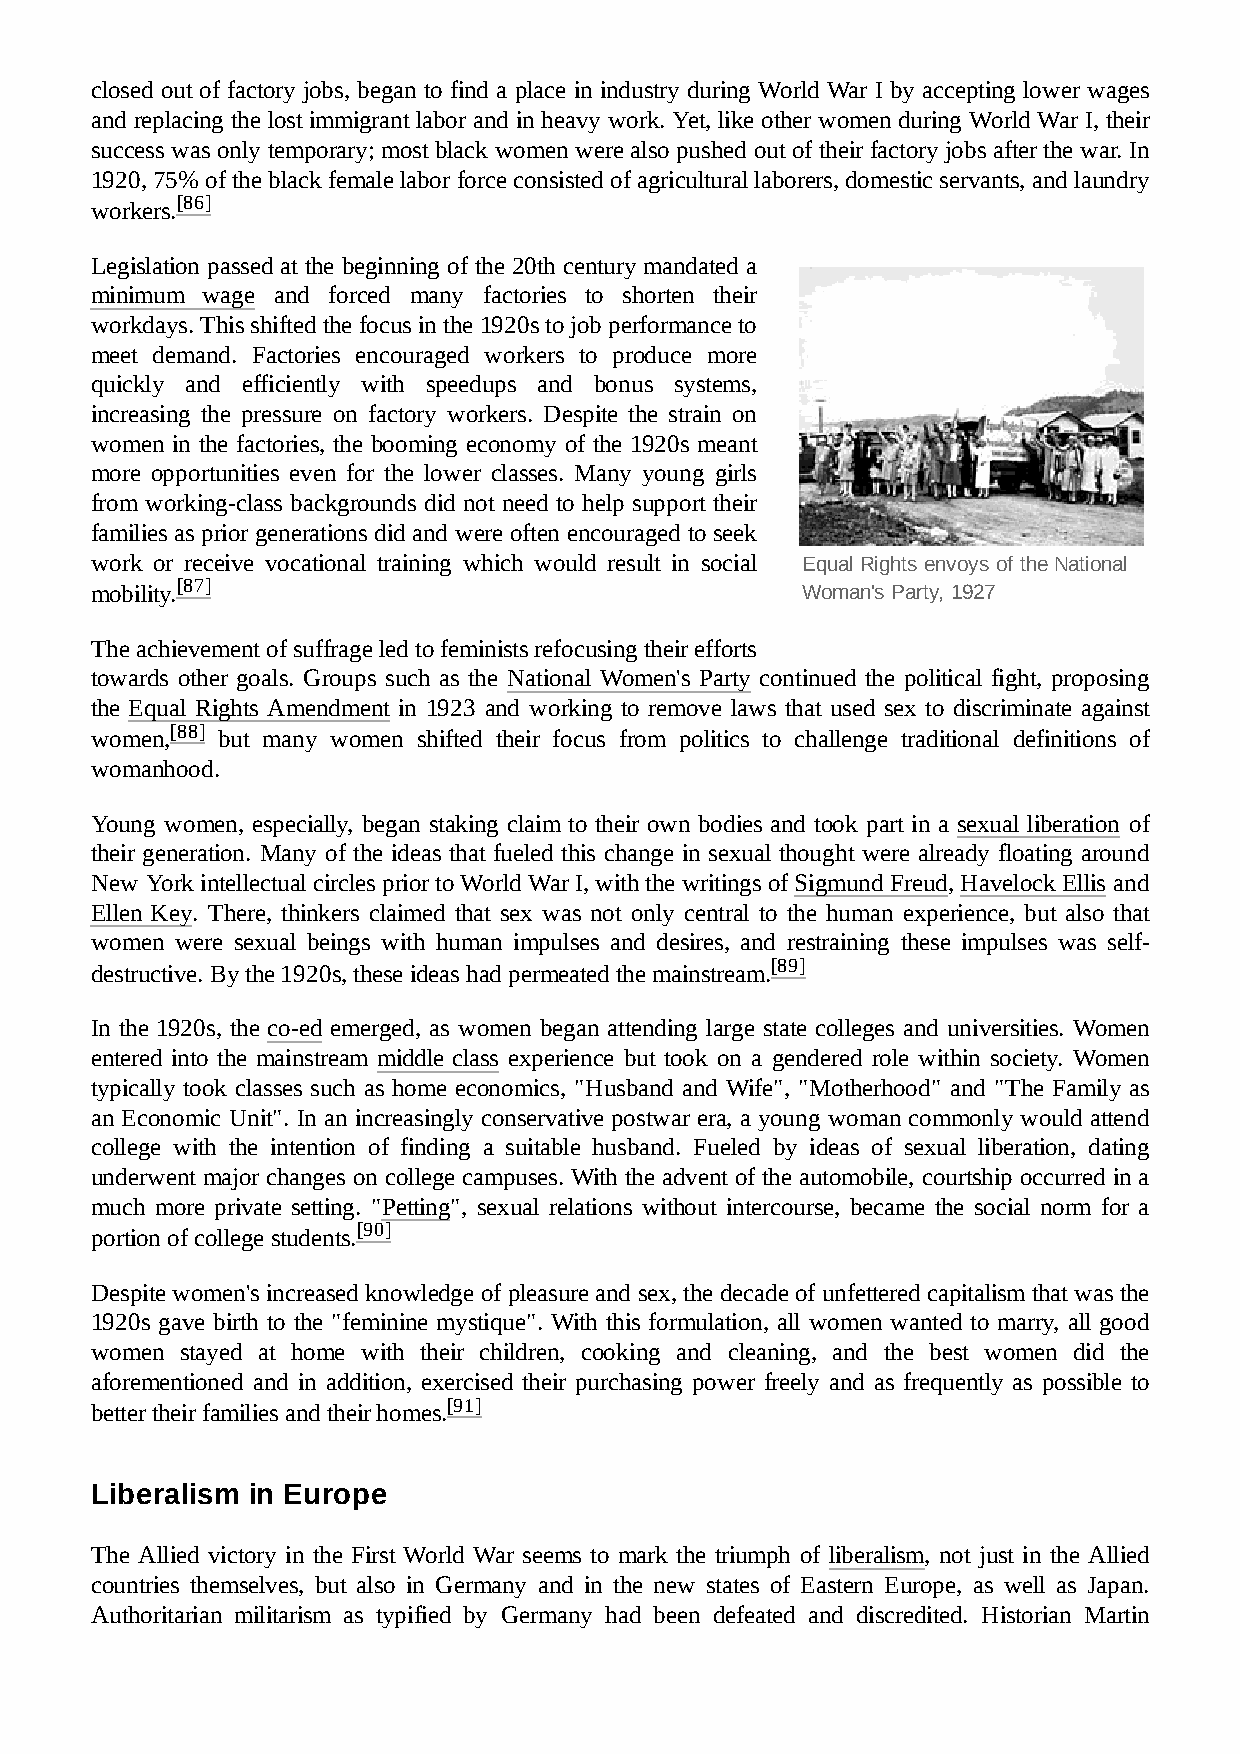
closed out of factory jobs, began to find a place in industry during World War I by accepting lower wages
 and replacing the lost immigrant labor and in heavy work. Yet, like other women during World War I, their
 success was only temporary; most black women were also pushed out of their factory jobs after the war. In
 1920, 75% of the black female labor force consisted of agricultural laborers, domestic servants, and laundry
 workers.[86]
 Legislation passed at the beginning of the 20th century mandated a
 minimum wage and forced many factories to shorten their
 workdays. This shifted the focus in the 1920s to job performance to
 meet demand. Factories encouraged workers to produce more
 quickly and efficiently with speedups and bonus systems,
 increasing the pressure on factory workers. Despite the strain on
 women in the factories, the booming economy of the 1920s meant
 more opportunities even for the lower classes. Many young girls
 from working-class backgrounds did not need to help support their
 families as prior generations did and were often encouraged to seek
 work or receive vocational training which would result in social Equal Rights envoys of the National
 mobility.[87]                                  Woman's Party, 1927
 The achievement of suffrage led to feminists refocusing their efforts
 towards other goals. Groups such as the National Women's Party continued the political fight, proposing
 the Equal Rights Amendment in 1923 and working to remove laws that used sex to discriminate against
 women,[88] but many women shifted their focus from politics to challenge traditional definitions of
 womanhood.
 Young women, especially, began staking claim to their own bodies and took part in a sexual liberation of
 their generation. Many of the ideas that fueled this change in sexual thought were already floating around
 New York intellectual circles prior to World War I, with the writings of Sigmund Freud, Havelock Ellis and
 Ellen Key. There, thinkers claimed that sex was not only central to the human experience, but also that
 women were sexual beings with human impulses and desires, and restraining these impulses was self-
 destructive. By the 1920s, these ideas had permeated the mainstream.[89]
 In the 1920s, the co-ed emerged, as women began attending large state colleges and universities. Women
 entered into the mainstream middle class experience but took on a gendered role within society. Women
 typically took classes such as home economics, "Husband and Wife", "Motherhood" and "The Family as
 an Economic Unit". In an increasingly conservative postwar era, a young woman commonly would attend
 college with the intention of finding a suitable husband. Fueled by ideas of sexual liberation, dating
 underwent major changes on college campuses. With the advent of the automobile, courtship occurred in a
 much more private setting. "Petting", sexual relations without intercourse, became the social norm for a
 portion of college students.[90]
 Despite women's increased knowledge of pleasure and sex, the decade of unfettered capitalism that was the
 1920s gave birth to the "feminine mystique". With this formulation, all women wanted to marry, all good
 women stayed at home with their children, cooking and cleaning, and the best women did the
 aforementioned and in addition, exercised their purchasing power freely and as frequently as possible to
 better their families and their homes.[91]
 Liberalism in Europe
 The Allied victory in the First World War seems to mark the triumph of liberalism, not just in the Allied
 countries themselves, but also in Germany and in the new states of Eastern Europe, as well as Japan.
 Authoritarian militarism as typified by Germany had been defeated and discredited. Historian Martin